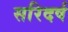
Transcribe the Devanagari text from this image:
सरिदर्ष